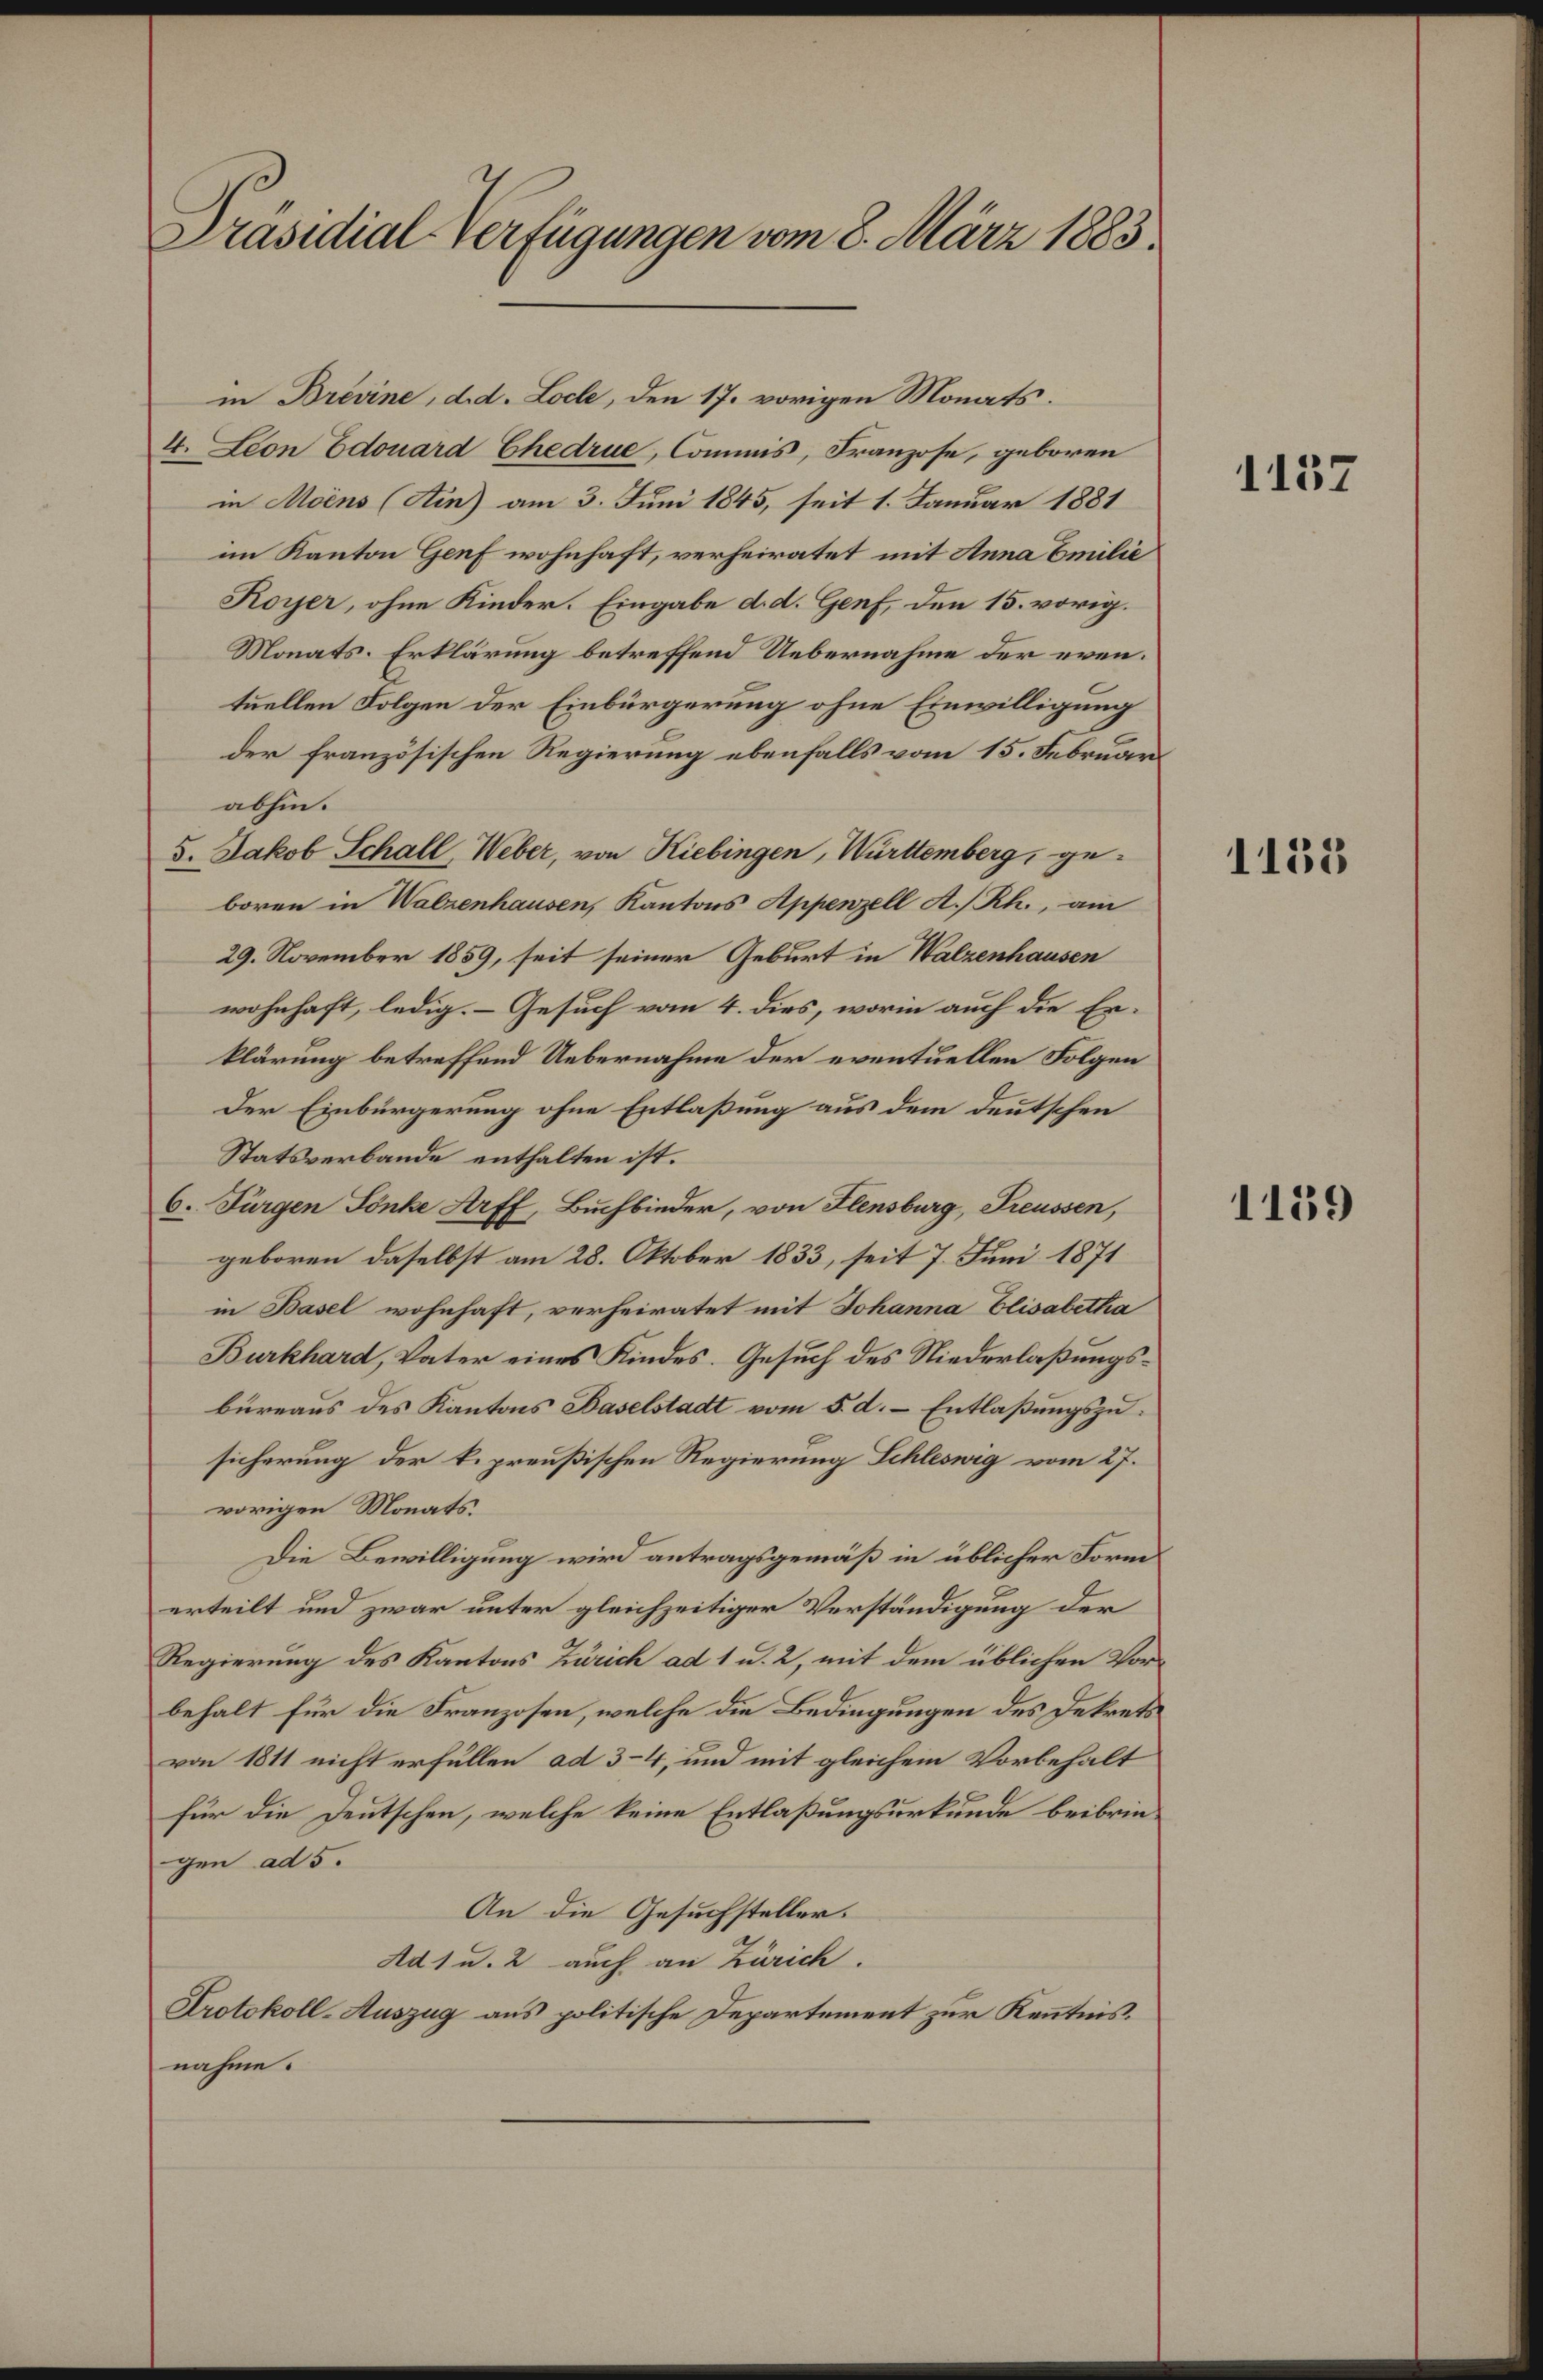
Präsidial-Verfügungen vom 8. März 1883

in Brevine, d. d. Loche, den 17. vorigen Monats¬
4. Leon Edouard Chedrue, Commis, Franzose, geboren
in Moins (Ain) am 3. Juni 1845, seit 1. Januar 1881
im Kanton Genf wohnhaft, verheiratet mit Anna Emilie
Koyer, ohne Kinder. Eingabe d. d. Genf, den 15. vorig.
Monats-Erklärung betreffend Uebernahme der eventuellen Folgen der Einbürgerung ohne Einwilligung
der französischen Regierung ebenfalls vom 15. Februar
abhin.
5. Jakob Schall, Weber, von Kiebingen, Württemberg, geboren in Walzenhausen, Kantons Appenzell A/Rh., am
29. November 1859, seit seiner Geburt in Walzenhausen
wohnhaft, ledig. Gesuch vom 4. dies, worin auch die Erklärung betreffend Uebernahme der eventuellen Folgen
Der Einbürgerung ohne Entlaßung aus dem deutschen
Statsverbande enthalten ist.
6. Furgen Tönke Arff, Buchbinder, von Flensburg, Treussen,
geboren daselbst am 28. Oktober 1833, seit 7. Juni 1871
in Basel wohnhaft, verheiratet mit Johanna Elisabetha
Burkhard, Vater eines Kindes. Gesuch des Niederlaßungsbüreaus des Kantons Baselstadt vom 5. d. Entlaßungszusicherung der k. preußischen Regierung Schleswig vom 27.
vorigen Monats.
Die Bewilligung wird antragsgemäß in üblicher Form
erteilt und zwar unter gleichzeitiger Verständigung der
Regierung des Kantons Zürich ad 1 u. 2, mit dem üblichen Vorbehalt für die Franzosen, welche die Bedingungen des Dekrets
von 1811 nicht erfüllen ad 3-4, und mit gleichem Vorbehalt
für die Deutschen, welche keine Entlaßungsurkunde beibringen ad 5.
An die Gesuchsteller.
Ad 1 u. 2 auch an Zürich.
Protokoll-Auszug aus politische Departement zur Kenntnis.
nahme.

1137

1135

1139